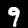
Label: 9